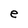
Character: e